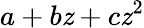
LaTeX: a+b\mathit{z}+c\mathit{z}^{2}